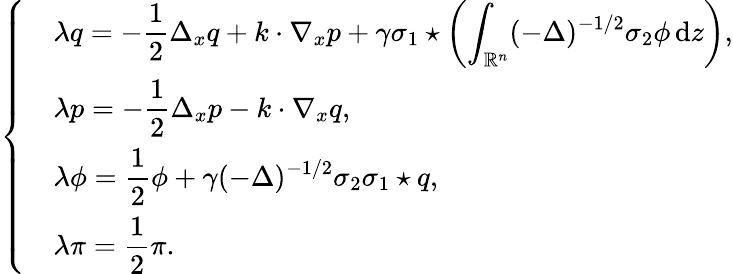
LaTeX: \left\{ \begin{array}{rl}&{\lambda q=-\displaystyle\frac{1}{2}\Delta_{x}q+k\cdot\nabla_{x}p+\gamma\sigma_{1}\star\left(\displaystyle\int_{\mathbb R^{n}}(-\Delta)^{-1/2}\sigma_{2}\phi\, {\mathrm{d}}z\right),}\\ &{\lambda p=-\displaystyle\frac 12\Delta_{x}p-k\cdot\nabla_{x}q,}\\ &{\lambda\phi=\displaystyle\frac 12\phi+\gamma(-\Delta)^{-1/2}\sigma_{2}\sigma_{1}\star q,}\\ &{\lambda\pi=\displaystyle\frac 12\pi.}\end{array}\right.